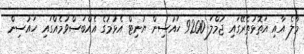
މާލެ އާއި އަތޮޅުތެރޭގައި ޖުމްލަ 9200 ހައުސިން ޔުނިޓް އެޅުމުގެ އެއްބަސްވުމެއްގައި ހައުސިން